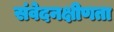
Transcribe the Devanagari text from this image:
संवेदनक्षीणता